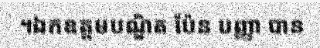
។ឯកឧត្តមបណ្ឌិត ប៉ែន បញ្ញា បាន